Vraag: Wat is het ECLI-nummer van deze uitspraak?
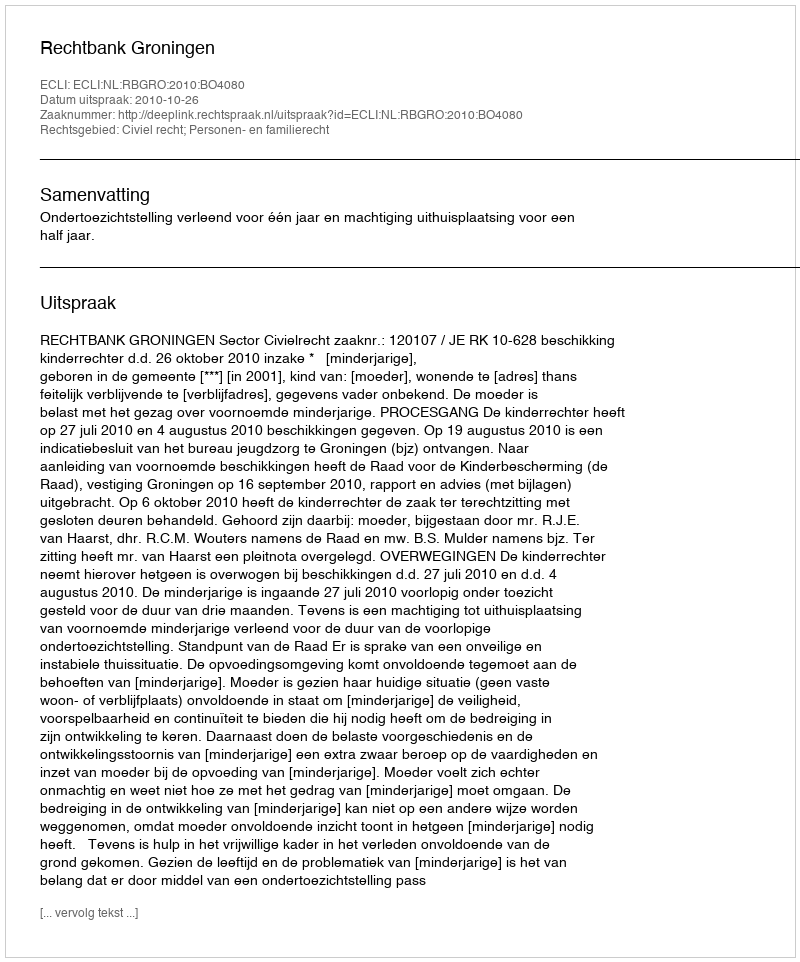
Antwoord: ECLI:NL:RBGRO:2010:BO4080